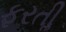
ફરતીૢ